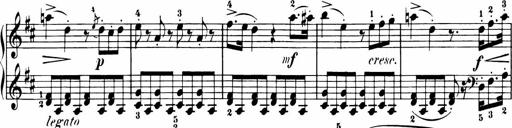
Title: 11 Sonatinas for Piano Solo
Composer: Anton Diabelli